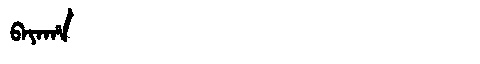
Manchu: ᠪᠠᠶᠠᡥᠠ
Romanization: BAYAHA